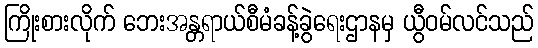
ကြိုးစားလိုက် ဘေးအန္တရာယ်စီမံခန့်ခွဲရေးဌာနမှ ယွီဝမ်လင်သည်